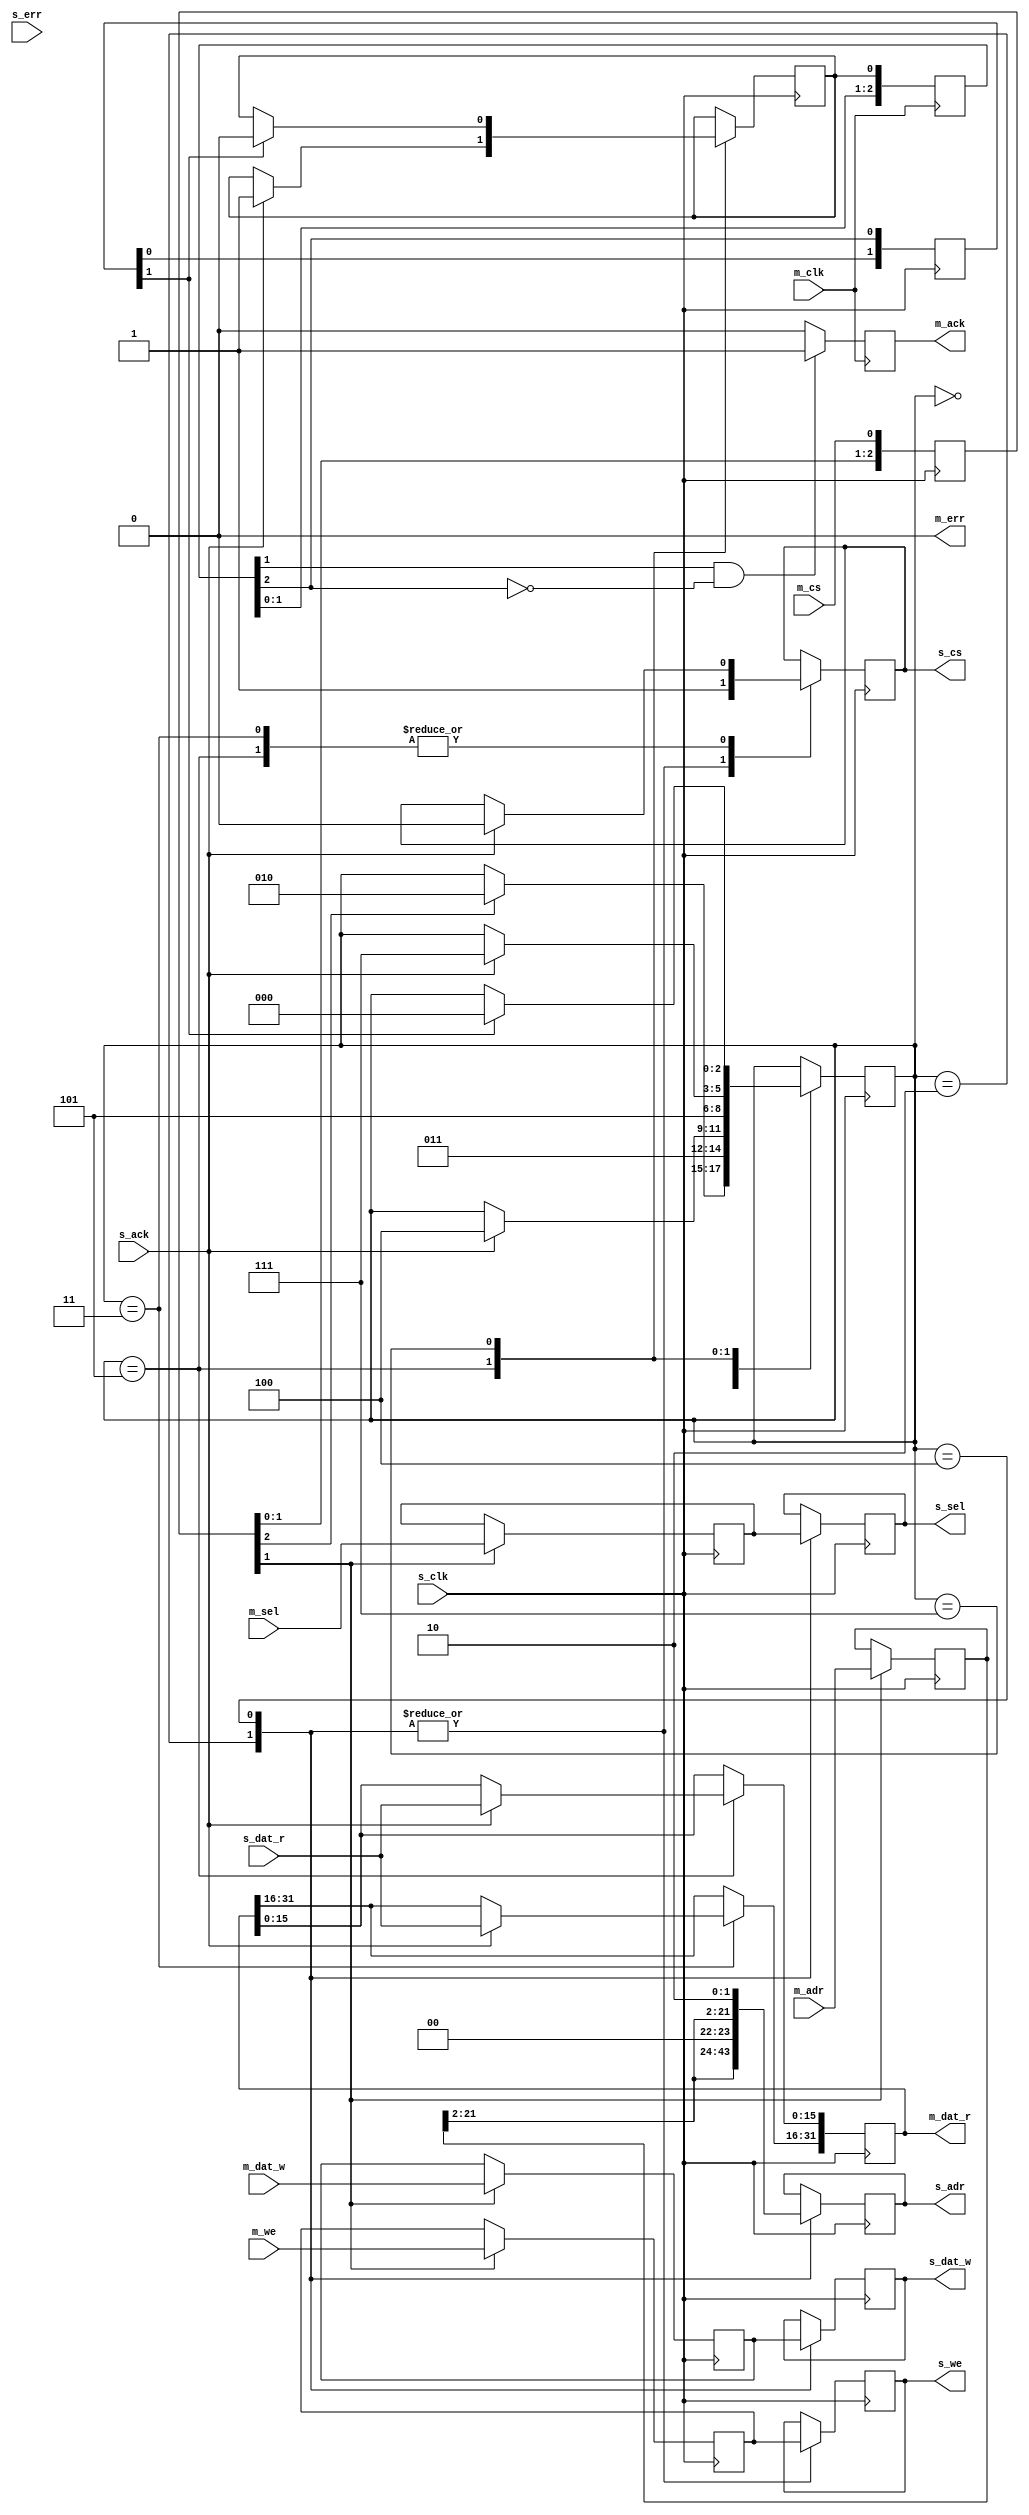
module qmem_bridge #(
  parameter MAW = 22,
  parameter MSW = 4,
  parameter MDW = 32,
  parameter SAW = 22,
  parameter SSW = 2,
  parameter SDW = 16
)(
  input  wire           m_clk,
  input  wire [MAW-1:0] m_adr,
  input  wire           m_cs,
  input  wire           m_we,
  input  wire [MSW-1:0] m_sel,
  input  wire [MDW-1:0] m_dat_w,
  output reg  [MDW-1:0] m_dat_r,
  output reg            m_ack = 1'b0,
  output wire           m_err,
  input  wire           s_clk,
  output reg  [SAW-1:0] s_adr,
  output reg            s_cs,
  output reg            s_we,
  output reg  [SSW-1:0] s_sel,
  output reg  [SDW-1:0] s_dat_w,
  input  wire [SDW-1:0] s_dat_r,
  input  wire           s_ack,
  input  wire           s_err
);
reg [  3-1:0] cs_sync = 3'b000;
always @ (posedge s_clk) cs_sync <= #1 {cs_sync[1:0], m_cs};
wire cs_posedge;
assign cs_posedge = cs_sync[1] && !cs_sync[2];
reg  [MAW-1:0] adr_d = {MAW{1'b0}};
reg            we_d = 1'b0;
reg  [MSW-1:0] sel_d = {MSW{1'b0}};
reg  [MDW-1:0] dat_w_d = {MDW{1'b0}};
always @ (posedge s_clk) begin
  if (cs_sync[1]) begin
    adr_d   <= #1 m_adr;
    we_d    <= #1 m_we;
    sel_d   <= #1 m_sel;
    dat_w_d <= #1 m_dat_w;
  end
end
reg  [  3-1:0] state = 3'b000;
localparam ST_IDLE     = 3'b000;
localparam ST_U_SETUP  = 3'b010;
localparam ST_U_WAIT   = 3'b011;
localparam ST_L_SETUP  = 3'b100;
localparam ST_L_WAIT   = 3'b101;
localparam ST_A_WAIT   = 3'b111;
reg  [  2-1:0] s_ack_sync = 2'b00;
reg done = 1'b0;
always @ (posedge s_clk) begin
  case (state)
    ST_IDLE : begin
      if (cs_sync[2]) begin
        state <= #1 ST_U_SETUP;
      end
    end
    ST_U_SETUP : begin
      s_cs    <= #1 1'b1;
      s_adr   <= #1 {adr_d[22-1:2], 1'b0, 1'b0};
      s_sel   <= #1 sel_d[3:2];
      s_we    <= #1 we_d;
      s_dat_w <= #1 dat_w_d[31:16];
      state   <= #1 ST_U_WAIT;
    end
    ST_U_WAIT : begin
      if (s_ack) begin
        s_cs           <= #1 1'b0;
        m_dat_r[31:16] <= #1 s_dat_r;
        state          <= #1 ST_L_SETUP;
      end
    end
    ST_L_SETUP : begin
      s_cs    <= #1 1'b1;
      s_adr   <= #1 {adr_d[22-1:2], 1'b1, 1'b0};
      s_sel   <= #1 sel_d[1:0];
      s_we    <= #1 we_d;
      s_dat_w <= #1 dat_w_d[15:0];
      state   <= #1 ST_L_WAIT;
    end
    ST_L_WAIT : begin
      if (s_ack) begin
        s_cs           <= #1 1'b0;
        m_dat_r[15: 0] <= #1 s_dat_r;
        done           <= #1 1'b1;
        state          <= #1 ST_A_WAIT;
      end
    end
    ST_A_WAIT : begin
      if (s_ack_sync[1]) begin
        done  <= #1 1'b0;
        state <= #1 ST_IDLE;
      end
    end
  endcase
end
reg  [  3-1:0] m_ack_sync = 3'b000;
always @ (posedge m_clk) begin
  m_ack_sync <= #1 {m_ack_sync[1:0], done};
end
wire m_ack_posedge;
assign m_ack_posedge = m_ack_sync[1] && !m_ack_sync[2];
always @ (posedge m_clk) begin
  if (m_ack_posedge) m_ack <= #1 1'b1;
  else if (m_ack) m_ack <= #1 1'b0;
end
always @ (posedge s_clk) begin
  s_ack_sync <= #1 {s_ack_sync[0], m_ack_sync[2]};
end
assign m_err = 1'b0;
endmodule